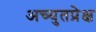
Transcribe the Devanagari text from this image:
अच्युतप्रेक्ष